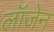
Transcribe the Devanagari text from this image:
लॉजेन